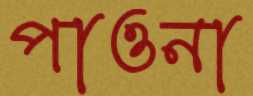
পাওনা